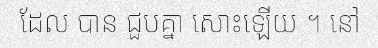
ដែល បាន ជួបគ្នា សោះឡើយ ។ នៅ